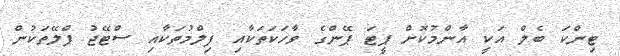
ޓިންކަ ބެލް އަކީ އާންމުކޮށް ޕީޓަ ޕޭންގެ ވާހަކަތަކާއި ފިލްމުތަކާއި ސްޓޭޖު ޕްލޭތަކުން